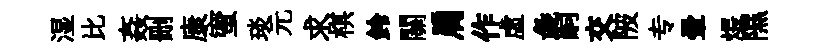
湿比姦删康蜜琰元求棋鈴關肩作虚彘嗣交陂专暈煨隰